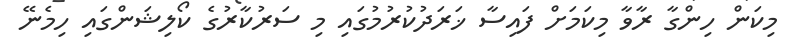
މިކަން ހިންގާ ރާވާ މިކަމަށް ފައިސާ ޚަރަދުކުރުމުގައި މި ސަރުކާރުގެ ކޯލިޝަންގައި ހިމެނޭ